Indian journal of veterinary science and animal husbandry - Volume 8,
Year: 1938
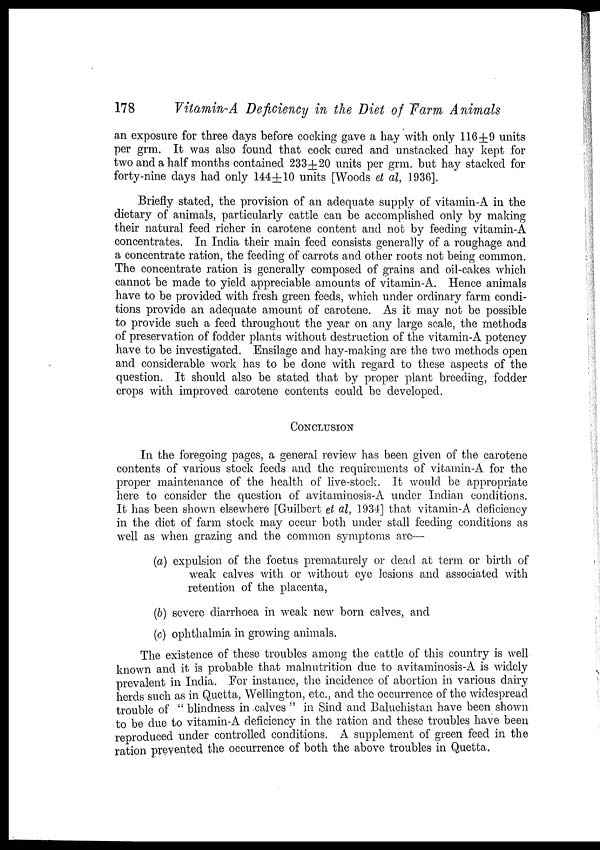
178
Vitamin-A Deficiency in the Diet of Farm Animals
an exposure for three days before cocking gave a hay with only 116±9 units
per grm. It was also found that cock cured and unstacked hay kept for
two and a half months contained 233±20 units per grm. but hay stacked for
forty-nine days had only 144±10 units [Woods et al, 1936].
Briefly stated, the provision of an adequate supply of vitamin-A in the
dietary of animals, particularly cattle can be accomplished only by making
their natural feed richer in carotene content and not by feeding vitamin-A
concentrates. In India their main feed consists generally of a roughage and
a concentrate ration, the feeding of carrots and other roots not being common.
The concentrate ration is generally composed of grains and oil-cakes which
cannot be made to yield appreciable amounts of vitamin-A. Hence animals
have to be provided with fresh green feeds, which under ordinary farm condi-
tions provide an adequate amount of carotene. As it may not be possible
to provide such a feed throughout the year on any large scale, the methods
of preservation of fodder plants without destruction of the vitamin-A potency
have to be investigated. Ensilage and hay-making are the two methods open
and considerable work has to be done with regard to these aspects of the
question. It should also be stated that by proper plant breeding, fodder
crops with improved carotene contents could be developed.
CONCLUSION
In the foregoing pages, a general review has been given of the carotene
contents of various stock feeds and the requirements of vitamin-A for the
proper maintenance of the health of live-stock. It would be appropriate
here to consider the question of avitaminosis-A under Indian conditions.
It has been shown elsewhere [Guilbert et al, 1934] that vitamin-A deficiency
in the diet of farm stock may occur both under stall feeding conditions as
well as when grazing and the common symptoms are—
(a) expulsion of the foetus prematurely or dead at term or birth of
weak calves with or without eye lesions and associated with
retention of the placenta,
(b) severe diarrhoea in weak new born calves, and
(c) ophthalmia in growing animals.
The existence of these troubles among the cattle of this country is well
known and it is probable that malnutrition due to avitaminosis-A is widely
prevalent in India. For instance, the incidence of abortion in various dairy
herds such as in Quetta, Wellington, etc., and the occurrence of the widespread
trouble of " blindness in calves " in Sind and Baluchistan have been shown
to be due to vitamin-A deficiency in the ration and these troubles have been
reproduced under controlled conditions. A supplement of green feed in the
ration prevented the occurrence of both the above troubles in Quetta.